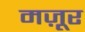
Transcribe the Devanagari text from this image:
मज़ूर